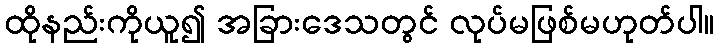
ထိုနည်းကိုယူ၍ အခြားဒေသတွင် လုပ်မဖြစ်မဟုတ်ပါ။